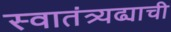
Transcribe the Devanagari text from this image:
स्वातंत्र्यढ्याची